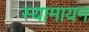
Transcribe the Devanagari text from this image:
स्यामायन